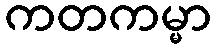
ကတကမ္မာ